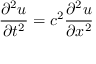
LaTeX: { \frac { \partial ^ { 2 } u } { \partial t ^ { 2 } } } = c ^ { 2 } { \frac { \partial ^ { 2 } u } { \partial x ^ { 2 } } }